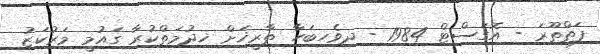
ފަތްތޫރަ - އޮގަސްޓް 1984 - ދިވެހިބަހާ ތާރީޚަށް ޚިދުމަތްކުރާ ގައުމީ މަރުކަޒު